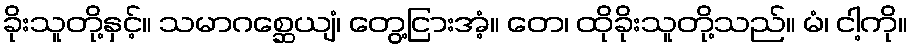
ခိုးသူတို့နှင့်။ သမာဂစ္ဆေယျံ၊ တွေ့ငြားအံ့။ တေ၊ ထိုခိုးသူတို့သည်။ မံ၊ ငါ့ကို။